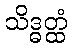
သိဒ္ဓတ္ထံ